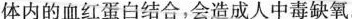
体内的血红蛋白结合，会造成人中毒缺氧。